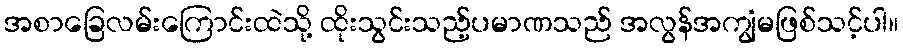
အစာခြေလမ်းကြောင်းထဲသို့ ထိုးသွင်းသည့်ပမာဏသည် အလွန်အကျွံမဖြစ်သင့်ပါ။